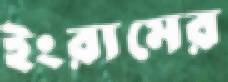
ইংরামের